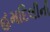
હમદિલીની